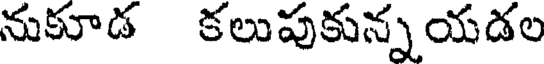
నుకూడ కలుపుకున్నయడల